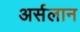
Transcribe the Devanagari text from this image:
अर्सलान